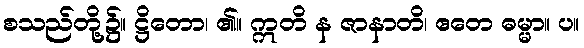
စသည်တို့၌။ ဋ္ဌိတော၊ ၏။ ဣတိ န ဇာနာတိ၊ ဧတေ ဓမ္မာ။ ပ။